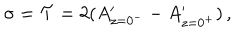
LaTeX: \sigma = { \cal T } = 2 ( A _ { z = 0 ^ { - } } ^ { \prime } - A _ { z = 0 ^ { + } } ^ { \prime } ) \, ,